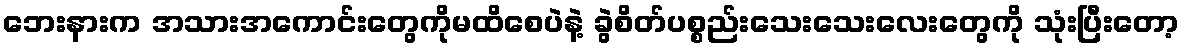
ဘေးနားက အသားအကောင်းတွေကိုမထိစေပဲနဲ့ ခွဲစိတ်ပစ္စည်းသေးသေးလေးတွေကို သုံးပြီးတော့